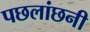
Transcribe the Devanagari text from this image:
पछलांछनी